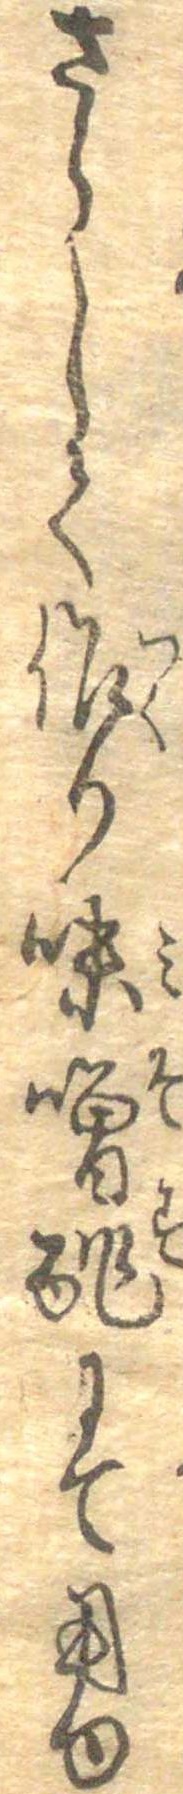
さらして作り味噌酢にて用ゆ